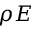
\rho E